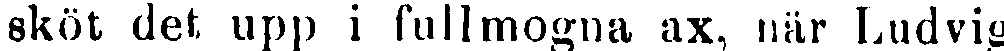
sköt det upp i fullmogna ax, när Ludvig